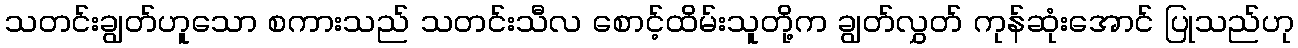
သတင်းချွတ်ဟူသော စကားသည် သတင်းသီလ စောင့်ထိမ်းသူတို့က ချွတ်လွှတ် ကုန်ဆုံးအောင် ပြုသည်ဟု